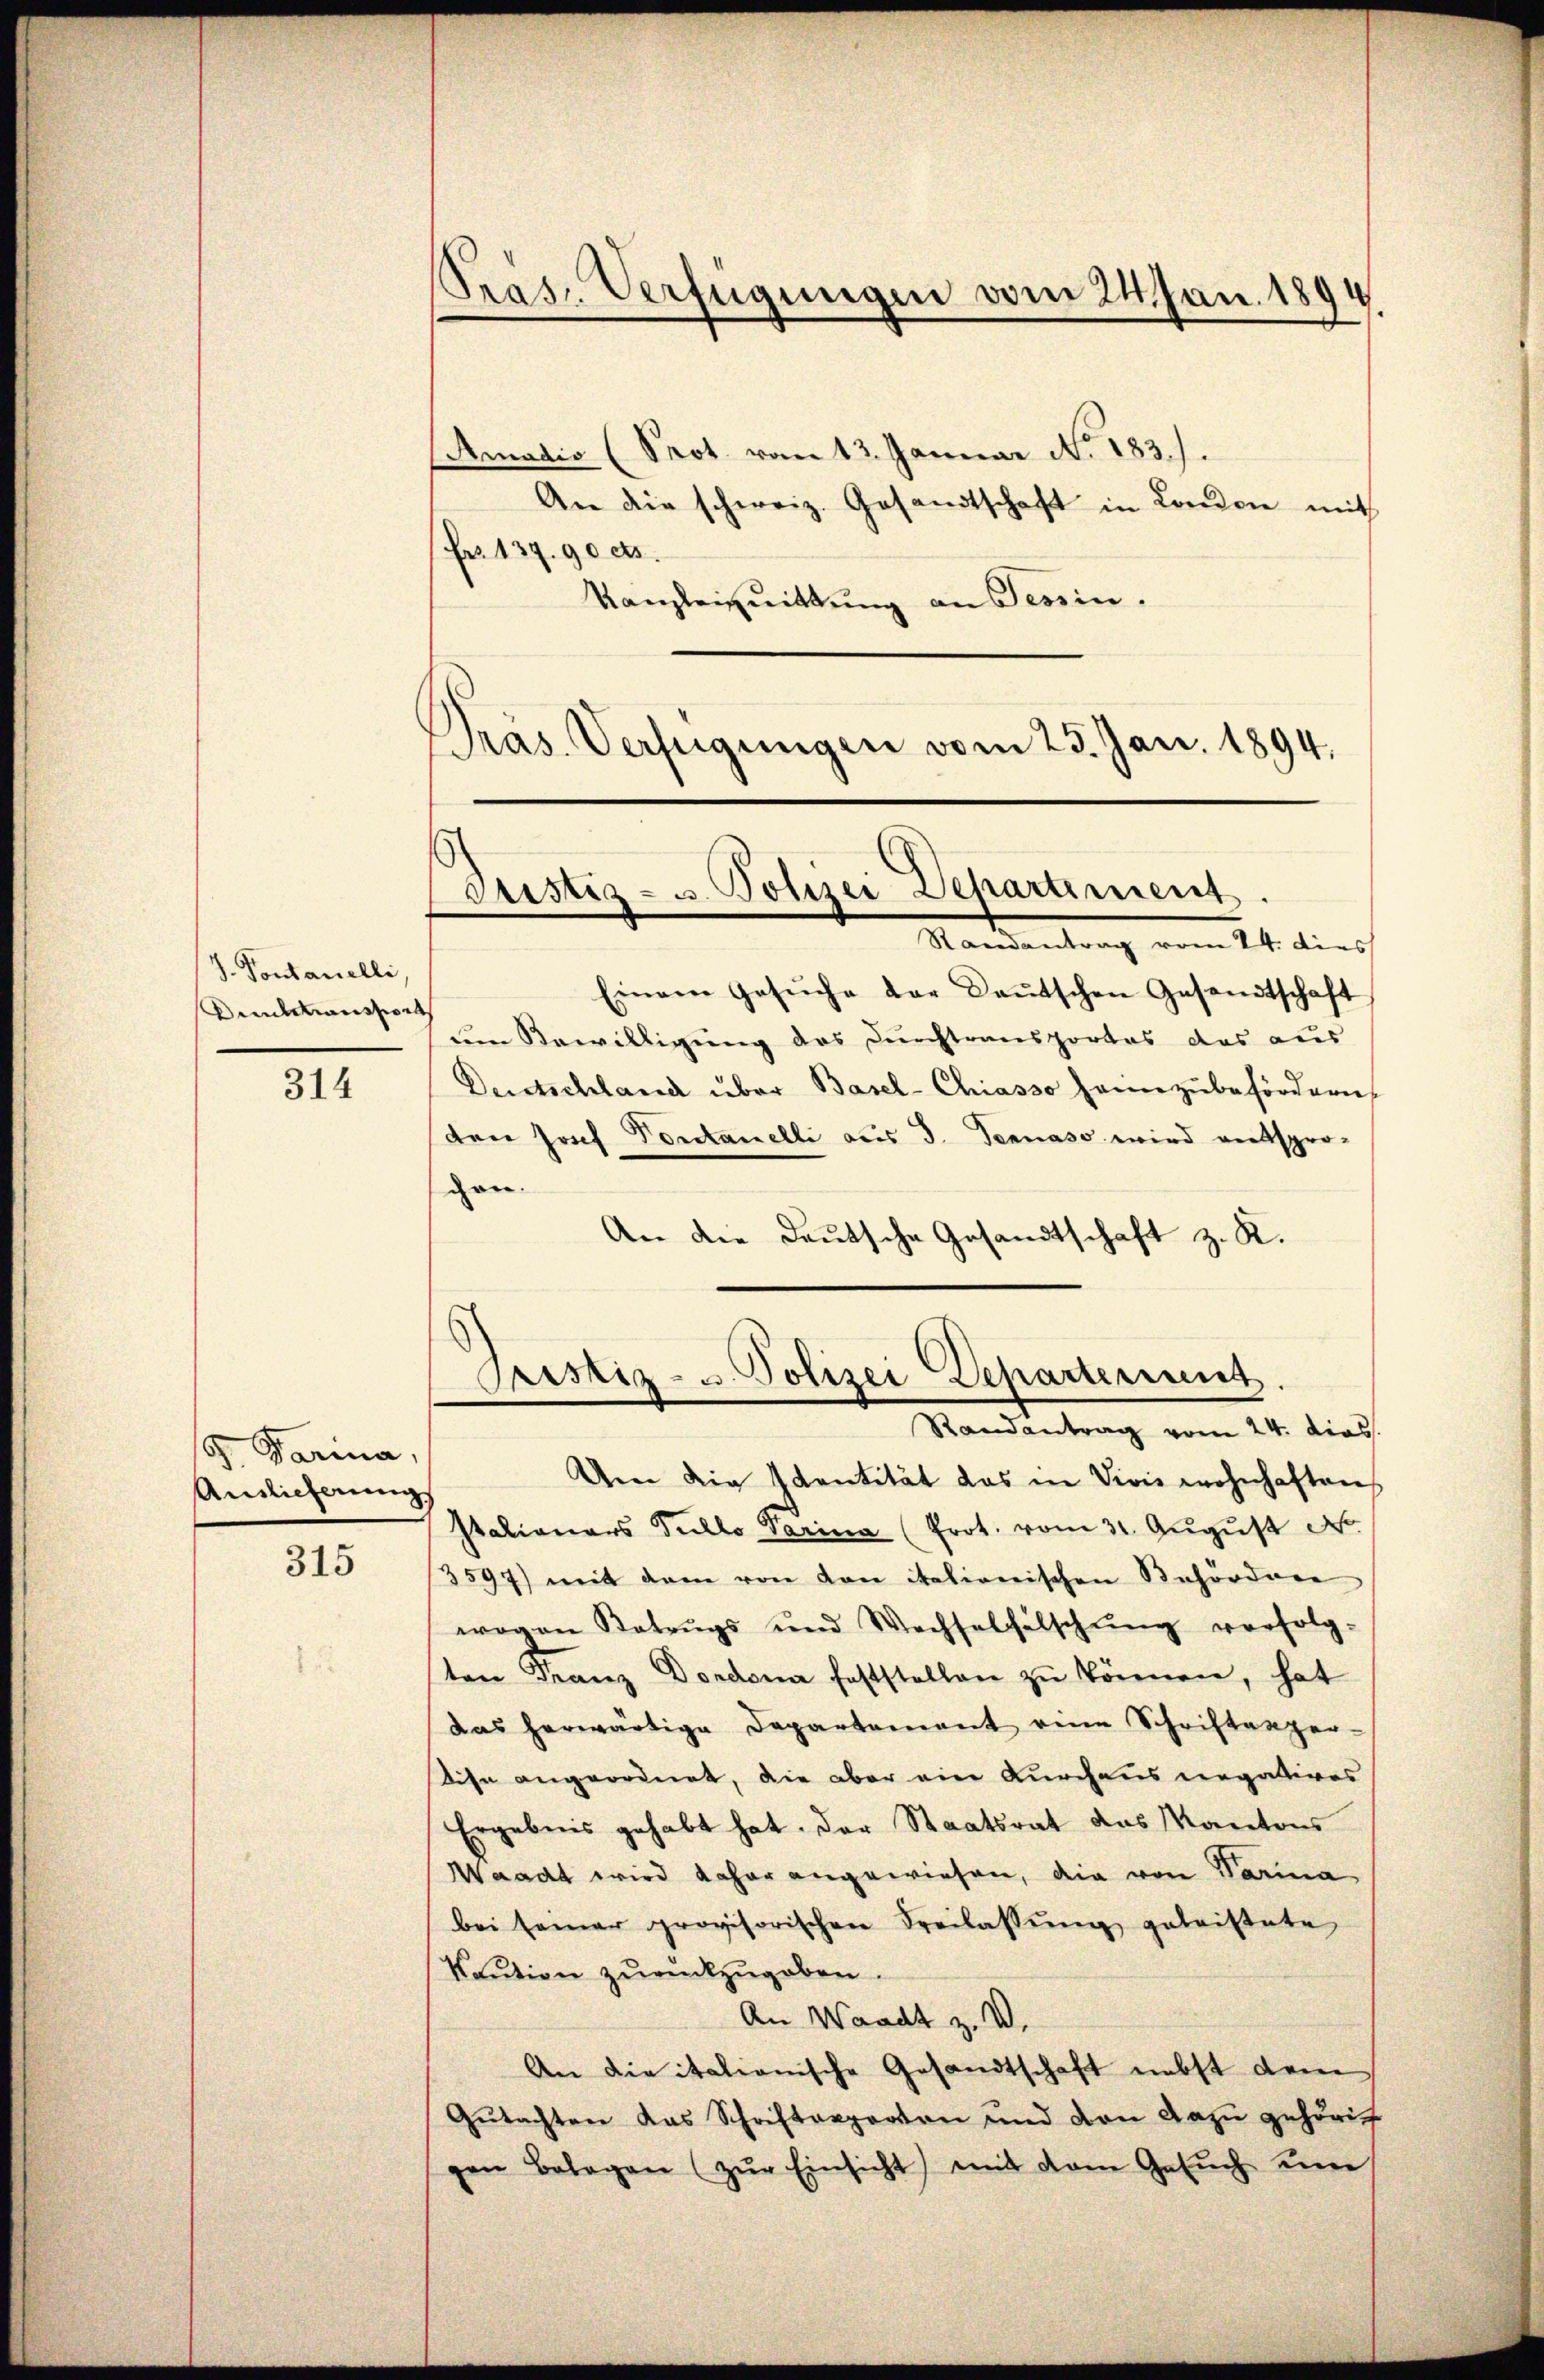
J. Pontanelli,
nndeansport

314

G. Darina,
Auslieferung

315

Präs. Verfügungen vom 24. Jan. 1894
9

Amadio (Prot. vom 13. Januar No. 183.).
An die schweiz. Gesandtschaft in London mit
Fr. 139. 90 cts.
Kanzleizuittung an Tessin.
Präs. Verfügungen vom 23. Jan. 1894,

Justiz- u. Polizei Departement.

Mandentrag vom 24. dies
Einem Gesŭche der Daŭtschen Gesandtschaft,
um Bewilligung des Durchtransportes das aus
Durstschland über Basel-Chiasso seine zubefördern
den Josef Pontanelli aus 3. Dennass wird entspro-
gen.
An die Deutsche Gesandtschaft z. R.
stationars Pullo Parina (Prot. vom 31. Aŭgŭst N
3597) mit dem von den italionischen Behördere
wogen Betrugs und Wechselfälschŭng verfolg-
ten Franz Dordona feststellen zŭ können, hat
das herwärtige Departement eine Schriftenger-
dise angeordnet, die aber ein Durchaus negatives
Ergebnis gehabt hat. Der Staatsrat das Kantons
Waadt wird daher angewiesen, die von Varina
bei seiner provisorischen Freilassŭng geleistete
Kaution zurückzugeben.
An Waadt z. V.
An die italianische Gesandtschaft nebst dem
Gutachten das Schriftarporten und von dazu gehörig
gen Belegen (zŭr Einsicht mit dem Gesŭch eine

Pristiz- u. Polizei Departement.
Randantrag vom 24. dies
Um die Identität das in Vivis wohnhaften